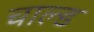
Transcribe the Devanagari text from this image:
चाल्ड